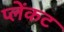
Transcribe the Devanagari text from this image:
प्लेंकट